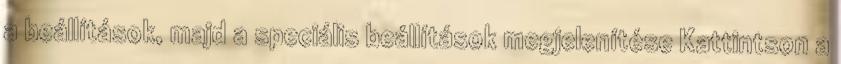
a beállítások, majd a speciális beállítások megjelenítése Kattintson a